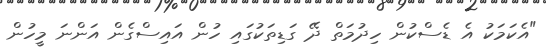
"އެކަމަކު އެ ޑެސްކުން ހިދުމަތް ދޭ ގަޑިތަކުގައި ހުން އައިސްގެން އަންނަ މީހުން